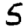
Digit: 5